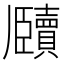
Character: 𬼕